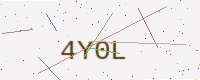
Text: 4Y0L